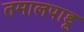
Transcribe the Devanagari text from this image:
तमालपाडू